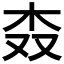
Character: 𣏪